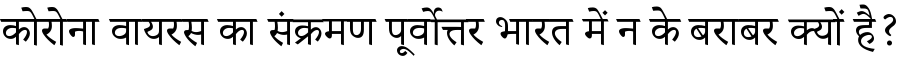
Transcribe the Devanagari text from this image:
कोरोना वायरस का संक्रमण पूर्वोत्तर भारत में न के बराबर क्यों है?